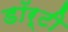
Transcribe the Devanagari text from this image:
डॉर्टी